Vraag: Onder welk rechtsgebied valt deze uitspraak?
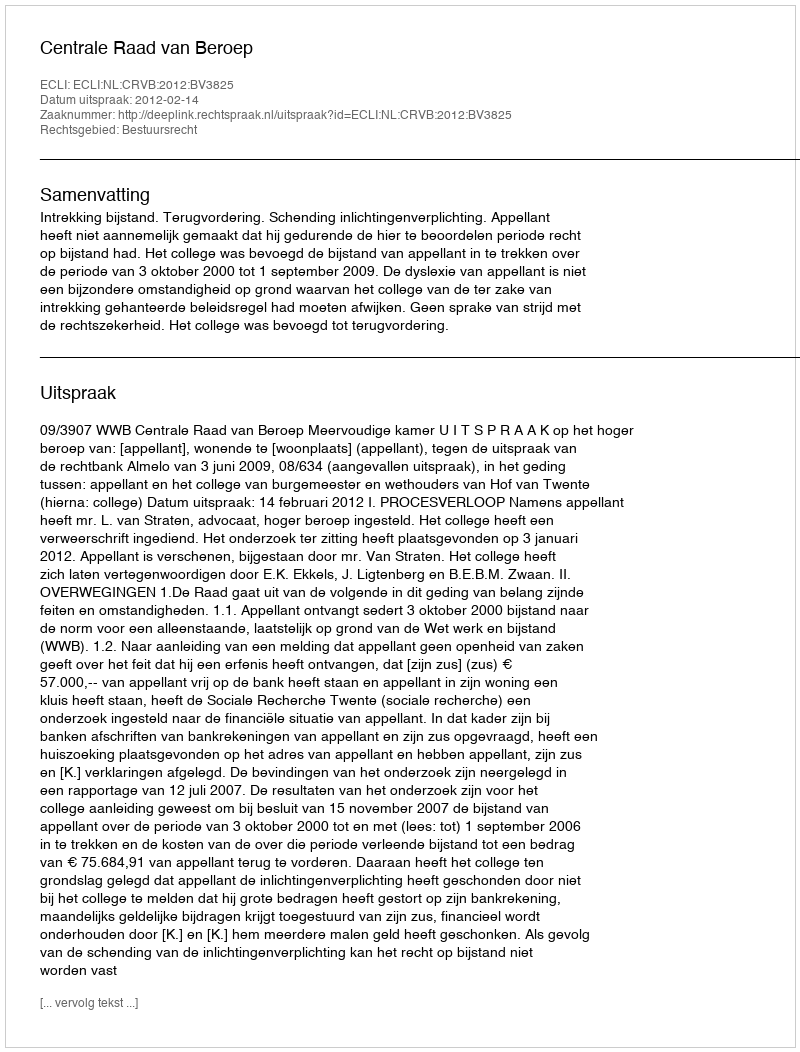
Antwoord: Bestuursrecht